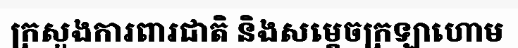
ក្រសួងការពារជាតិ និងសម្តេចក្រឡាហោម